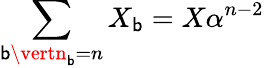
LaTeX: \sum_{\mathsf{b}\vertn_{\mathsf{b}}=n}X_{\mathsf{b}}=X\alpha^{n-2}